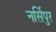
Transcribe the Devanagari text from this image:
नर्सिपुर